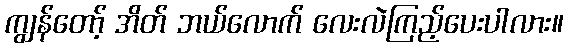
ကျွန်တော့် အိတ် ဘယ်လောက် လေးလဲကြည့်ပေးပါလား။